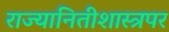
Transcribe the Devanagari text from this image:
राज्यानितीशास्त्रपर